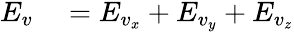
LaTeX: \begin{array}{rl}{E_{v}}&{{}=E_{v_{x}}+E_{v_{y}}+E_{v_{z}}}\end{array}